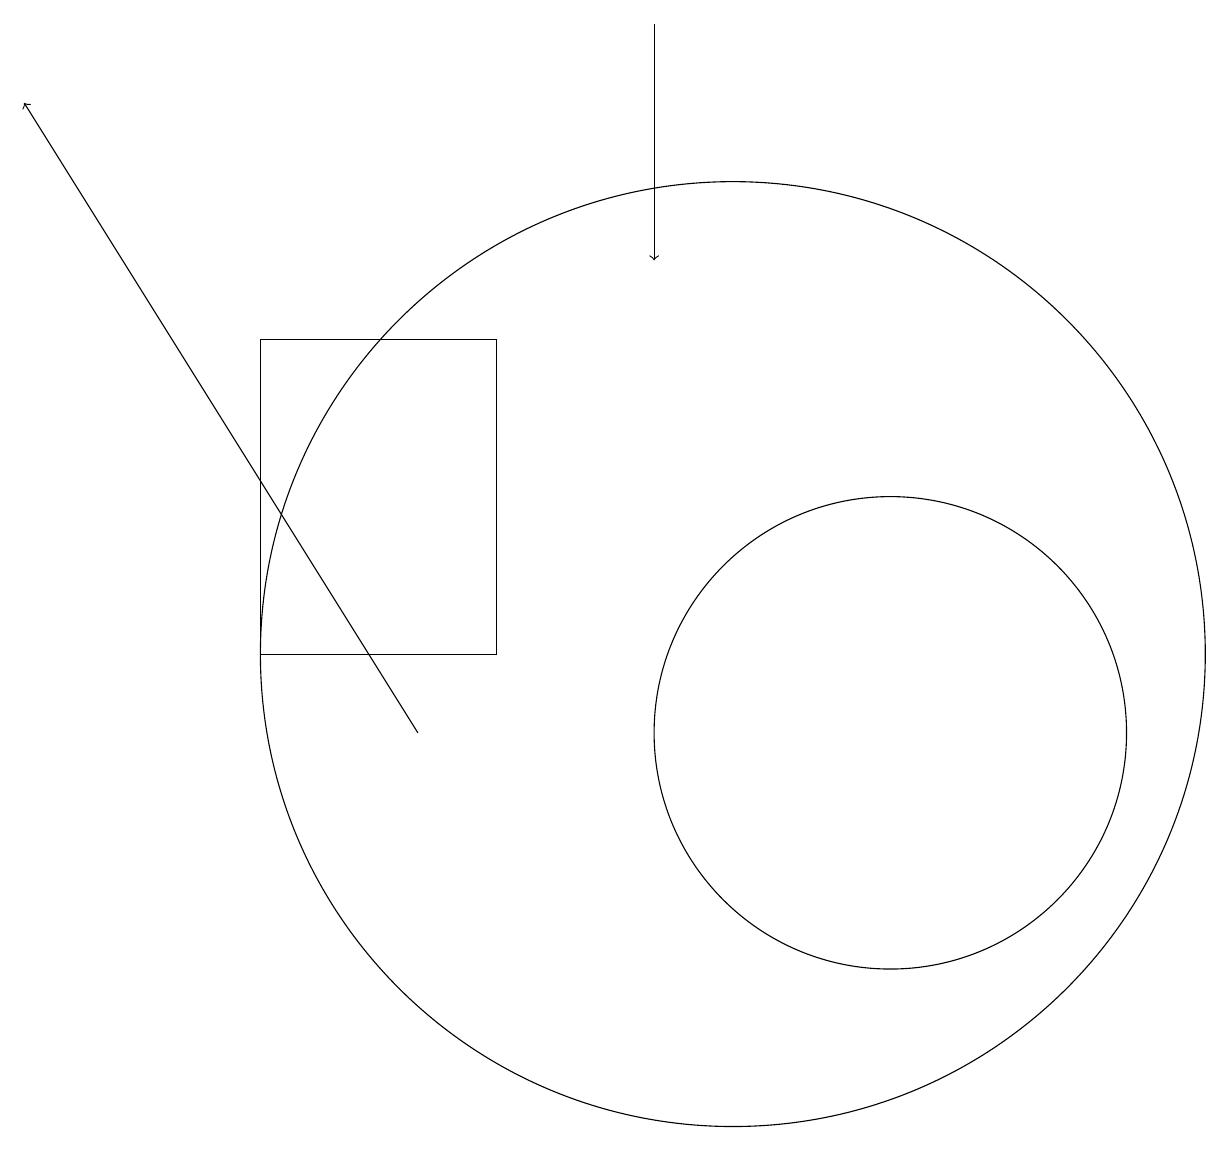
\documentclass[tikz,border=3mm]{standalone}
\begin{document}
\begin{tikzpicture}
\draw (10,11) circle (6);
\draw (12,10) circle (3);
\draw (4,15) rectangle (7,11);
\draw[->] (9,19) -- (9,16);
\draw[->] (6,10) -- (1,18);
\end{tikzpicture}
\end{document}